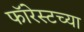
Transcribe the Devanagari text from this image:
फॉरेस्टच्या